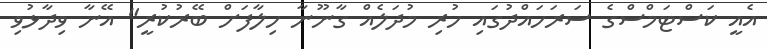
އެއީ ކަސްޓަމްސްގެ ސަރަހައްދުގައި ހުރި މުދަލެއް ގާނޫނާ ހިލާފަށް ބޭރުކުރީ" އޭނާ ވިދާޅުވި